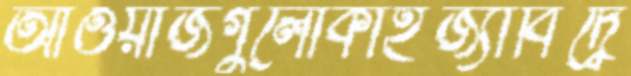
আওয়াজগুলোকাইজ্যাবিদ্বে